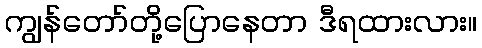
ကျွန်တော်တို့ပြောနေတာ ဒီရထားလား။